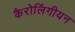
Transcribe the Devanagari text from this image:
कैरोलिंगीयन